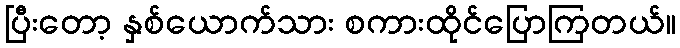
ပြီးတော့ နှစ်ယောက်သား စကားထိုင်ပြောကြတယ်။